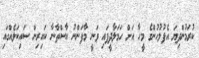
ކުރަމުންދިޔަ އެފުލުހުންގެ މީހާ އަށް ހަމަލާދީފައި ވަނީ މާފަންނު އާސްތާނާ ކައިރިން ސައިކަލެއްގައި